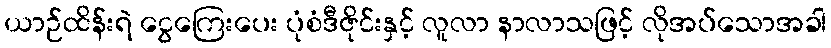
ယာဉ်ထိန်းရဲ ငွေကြေးပေး ပုံစံဒီဇိုင်းနှင့် လူလာ နာလာသဖြင့် လိုအပ်သောအခါ